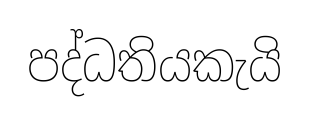
පද්ධතියකැයි